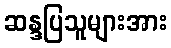
ဆန္ဒပြသူများအား